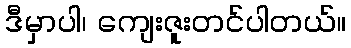
ဒီမှာပါ၊ ကျေးဇူးတင်ပါတယ်။